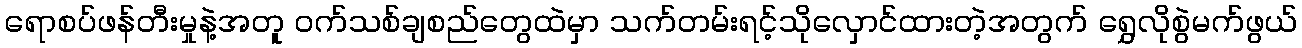
ရောစပ်ဖန်တီးမှုနဲ့အတူ ဝက်သစ်ချစည်တွေထဲမှာ သက်တမ်းရင့်သိုလှောင်ထားတဲ့အတွက် ရွှေလိုစွဲမက်ဖွယ်